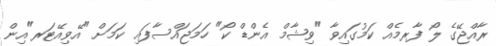
ރާއްޖޭގެ ލޯ ފާރމެއް ކަމުގައިވާ "ވިޝާމް އެންޑް ކޯ" ހަމަޖައްސާފައި ކަމަށް "އޭވިއޭޓަރ"އިން